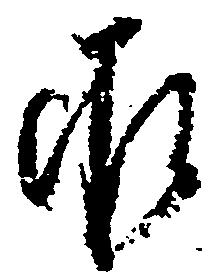
承